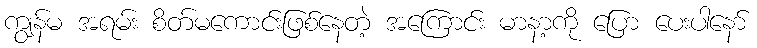
ကျွန်မ အရမ်း စိတ်မကောင်းဖြစ်နေတဲ့ အကြောင်း မာနာ့ကို ပြော ပေးပါနော်